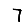
Digit: 7